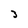
Character: 3